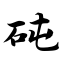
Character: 砘